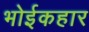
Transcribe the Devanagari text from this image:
भोईकहार